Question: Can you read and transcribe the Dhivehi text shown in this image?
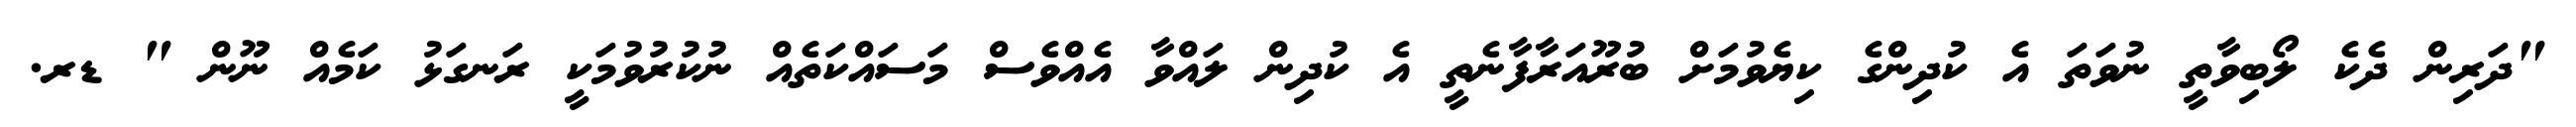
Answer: "ދަރިން ދެކެ ލޯބިވާތީ ނުވަތަ އެ ކުދިންގެ ކިޔެވުމަށް ބުރޫއަރާފާނެތީ އެ ކުދިން ލައްވާ އެއްވެސް މަސައްކަތެއް ނުކުރުވުމަކީ ރަނގަޅު ކަމެއް ނޫން " ޑރ.